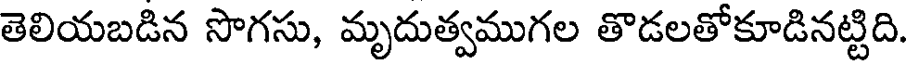
తెలియబడిన సొగసు, మృదుత్వముగల తొడలతోకూడినట్టిది.